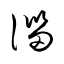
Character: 淄